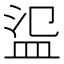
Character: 䀀